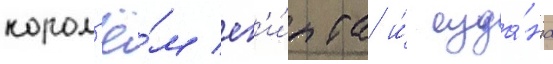
корол'ё́м ег'и́пта и́ суда́на